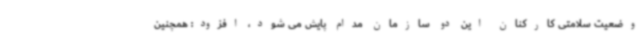
وضعیت سلامتی کارکنان این دو سازمان مدام پایش می شود، افزود: همچنین